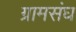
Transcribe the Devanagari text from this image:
ग्रामसंघ